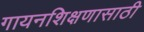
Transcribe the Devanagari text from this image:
गायनशिक्षणासाठी